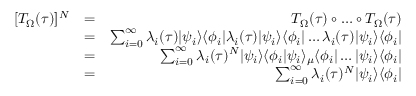
\begin{array} { r l r } { [ T _ { \Omega } ( \tau ) ] ^ { N } } & { = } & { T _ { \Omega } ( \tau ) \circ \dots \circ T _ { \Omega } ( \tau ) } \\ & { = } & { \sum _ { i = 0 } ^ { \infty } \lambda _ { i } ( \tau ) | \psi _ { i } \rangle \langle \phi _ { i } | \lambda _ { i } ( \tau ) | \psi _ { i } \rangle \langle \phi _ { i } | \dots \lambda _ { i } ( \tau ) | \psi _ { i } \rangle \langle \phi _ { i } | } \\ & { = } & { \sum _ { i = 0 } ^ { \infty } \lambda _ { i } ( \tau ) ^ { N } | \psi _ { i } \rangle \langle \phi _ { i } | \psi _ { i } \rangle _ { \mu } \langle \phi _ { i } | \dots | \psi _ { i } \rangle \langle \phi _ { i } | } \\ & { = } & { \sum _ { i = 0 } ^ { \infty } \lambda _ { i } ( \tau ) ^ { N } | \psi _ { i } \rangle \langle \phi _ { i } | } \end{array}